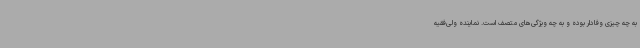
به چه چیزی وفادار بوده و به چه ویژگی‌های متصف است. نماینده ولی‌فقیه